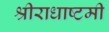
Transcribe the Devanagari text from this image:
श्रीराधाष्टमी